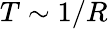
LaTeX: T\sim 1/R